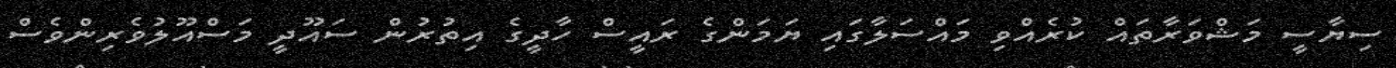
ސިޔާސީ މަޝްވަރާތައް ކުރެއްވި މައްސަލާގައި ޔަމަންގެ ރައީސް ހާދީގެ އިތުރުން ސައޫދީ މަސްއޫލުވެރިންވެސް